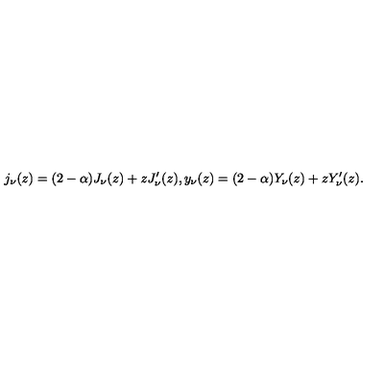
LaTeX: j _ { \nu } ( z ) = ( 2 - \alpha ) J _ { \nu } ( z ) + z J _ { \nu } ^ { \prime } ( z ) , y _ { \nu } ( z ) = ( 2 - \alpha ) Y _ { \nu } ( z ) + z Y _ { \nu } ^ { \prime } ( z ) .